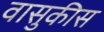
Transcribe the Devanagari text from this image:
वासुकीस